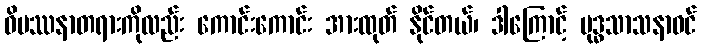
ဝိပဿနာတရားကိုလည်း ကောင်းကောင်း အားထုတ် နိုင်တယ်၊ ဒါကြောင့် ဗုဒ္ဓသာသနာဝင်